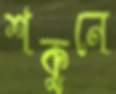
শকুনে